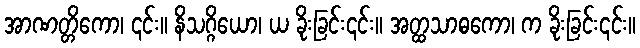
အာဏတ္တိကော၊ ၎င်း။ နိသဂ္ဂိယော၊ ယ ခိုးခြင်း၎င်း။ အတ္ထသာဓကော၊ က ခိုးခြင်း၎င်း။